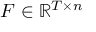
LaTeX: F \in \mathbb { R } ^ { T \times n }